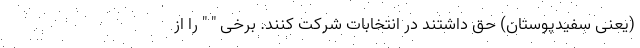
(یعنی سفیدپوستان) حق داشتند در انتخابات شرکت کنند. برخی " " را از